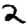
Digit: 2